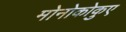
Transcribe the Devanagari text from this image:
मोनोकोकुए